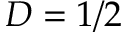
D = 1 / 2